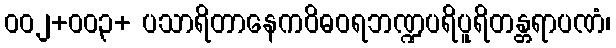
၀၀၂+၀၀၃+ ပသာရိတာနေကဝိဓဝရဘဏ္ဍပရိပူရိတန္တရာပဏံ၊